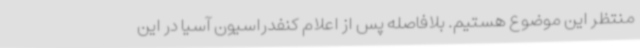
منتظر این موضوع هستیم. بلافاصله پس از اعلام کنفدراسیون آسیا در این